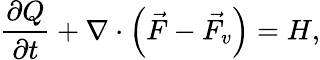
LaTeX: \frac{\partial{Q}}{\partial{t}}+\nabla\cdot\left(\vec{F}-\vec{F_{v}}\right)=H,